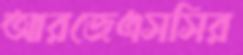
আরজেএসসির